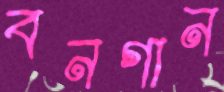
বনগান